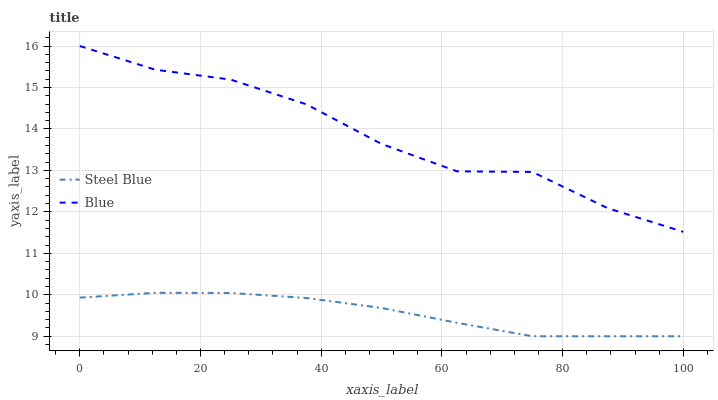
| xaxis_label | Steel Blue | Blue |
 | --- | --- | --- |
 | 0 | 9.93 | 16 |
 | 12.5 | 10 | 15.4 |
 | 25 | 10 | 15.2 |
 | 37.5 | 9.92 | 14.6 |
 | 50 | 9.68 | 13.6 |
 | 62.5 | 9.32 | 13 |
 | 75 | 9 | 13 |
 | 87.5 | 9 | 12.1 |
 | 100 | 9 | 11.5 |